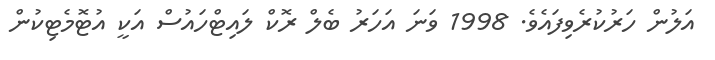
އަލުން ހަރުކުރެވިފައެވެ. 1998 ވަނަ އަހަރު ބެލް ރޮކް ލައިޓްހައުސް އަކީ އުޓޮމެޓިކުން